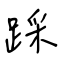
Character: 踩